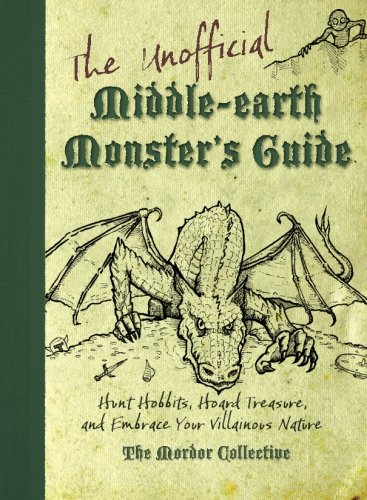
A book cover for The Unofficial Middle-earth Monster's Guide: Hunt Hobbits, Hoard Treasure, and Embrace Your Villainous Nature; The Mordor Collective; Humor & Entertainment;